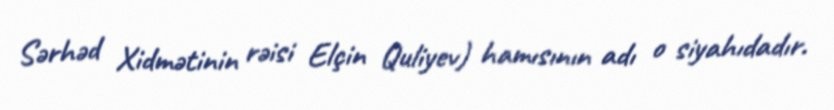
Sərhəd Xidmətinin rəisi Elçin Quliyev) hamısının adı o siyahıdadır.